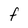
Character: F